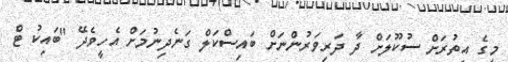
މީގެ އިތުރަށް ސުކޫލަށް ދާ ދަރިވަރުންނަށް ބައިސްކަލް ގަނެދިނުމަށް އެހީވެދޭ "ބައިކު ޓް